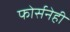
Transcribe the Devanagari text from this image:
फोर्सनेही